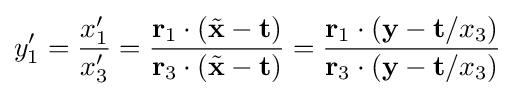
y'_{1}={\frac {x'_{1}}{x'_{3}}}={\frac {\mathbf {r} _{1}\cdot ({\tilde {\mathbf {x} }}-\mathbf {t} )}{\mathbf {r} _{3}\cdot ({\tilde {\mathbf {x} }}-\mathbf {t} )}}={\frac {\mathbf {r} _{1}\cdot (\mathbf {y} -\mathbf {t} /x_{3})}{\mathbf {r} _{3}\cdot (\mathbf {y} -\mathbf {t} /x_{3})}}